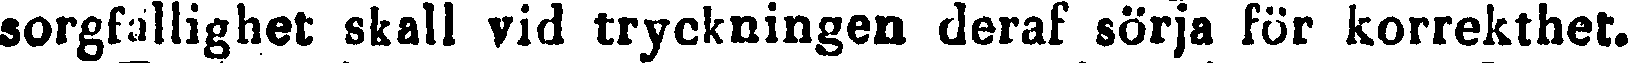
sorgfallighet skall vid tryckningen deraf sörja för korrekthet.